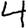
Digit: 4